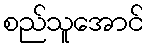
စည်သူအောင်